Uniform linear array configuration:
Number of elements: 64
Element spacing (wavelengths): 0.25
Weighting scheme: kaiser
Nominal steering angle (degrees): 15
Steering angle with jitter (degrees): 14.437
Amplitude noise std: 0.05
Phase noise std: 0.05

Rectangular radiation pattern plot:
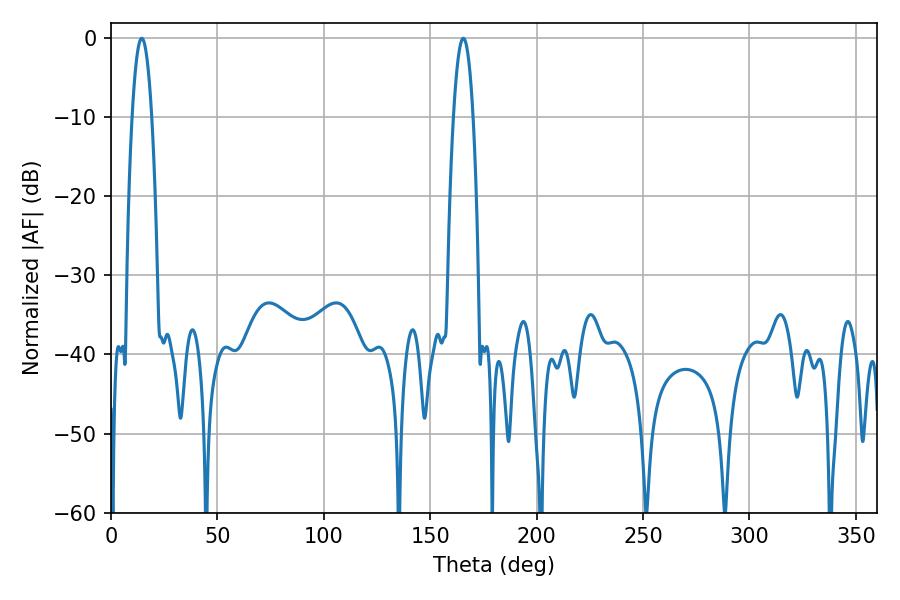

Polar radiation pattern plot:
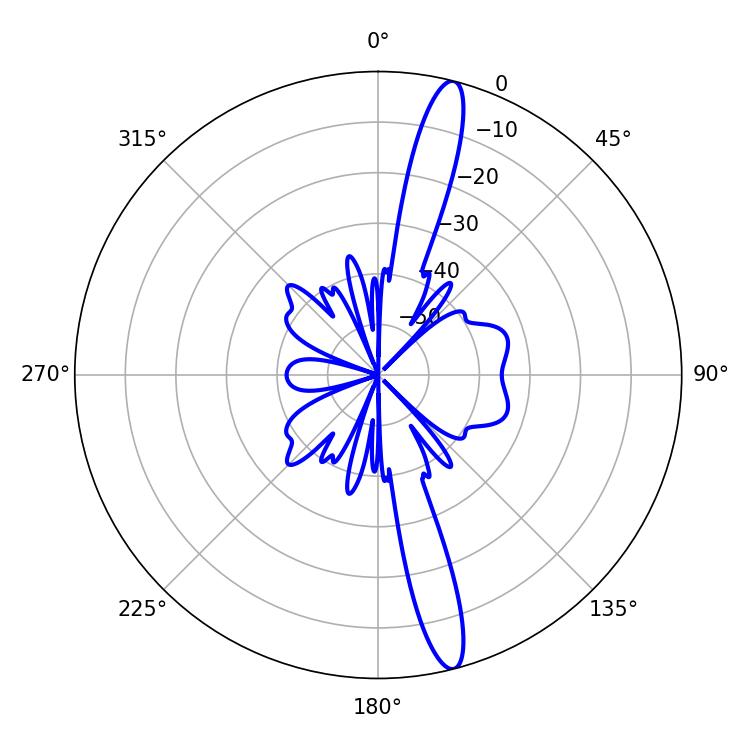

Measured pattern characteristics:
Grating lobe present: FALSE
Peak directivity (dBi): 16.18
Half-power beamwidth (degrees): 5.04
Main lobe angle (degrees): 14.4